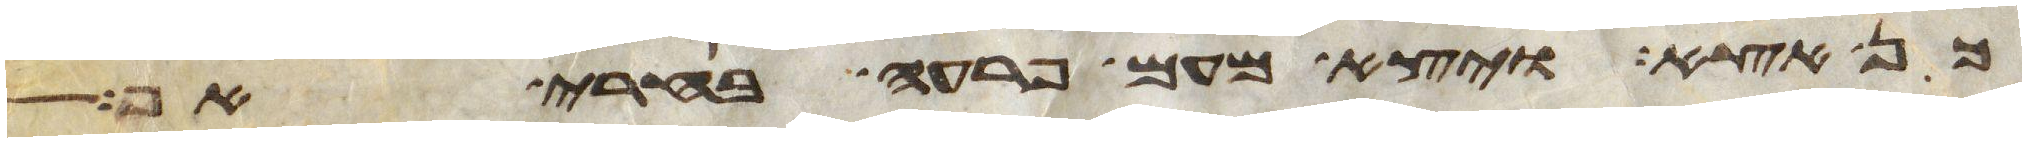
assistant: כן אצא ויצא מעם פרעה בחרי אף